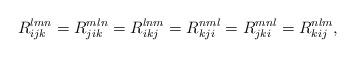
LaTeX: \begin{align*}R_{ijk}^{lmn} = R_{jik}^{mln} = R_{ikj}^{lnm} = R_{kji}^{nml} =R_{jki}^{mnl} = R_{kij}^{nlm},\end{align*}